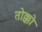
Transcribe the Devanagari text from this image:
तोक्को